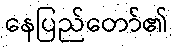
နေပြည်တော်၏